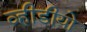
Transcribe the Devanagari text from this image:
व्हीडीयो